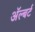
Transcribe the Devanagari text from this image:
अॅल्बर्ट